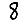
Digit: 8